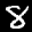
Label: 8